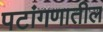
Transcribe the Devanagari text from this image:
पटांगणातील